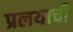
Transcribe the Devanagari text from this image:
प्रलयाची